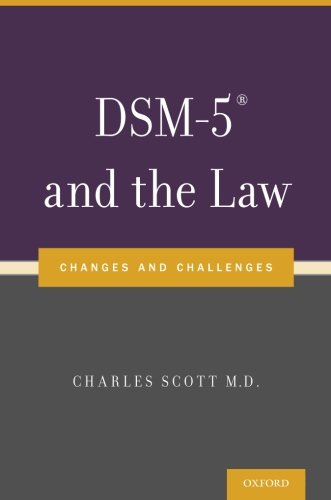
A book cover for DSM-5Â® and the Law: Changes and Challenges; Law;